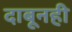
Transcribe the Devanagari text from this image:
दाबूनही